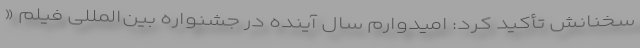
سخنانش تأکید کرد: امیدوارم سال آینده در جشنواره بین‌المللی فیلم «